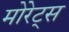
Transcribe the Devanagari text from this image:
मोरेट्स